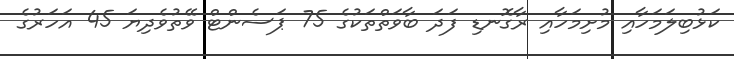
ކަޅުބިލަމަހާއި މުށިމަހާއި ރާގޮނޑި ފަދަ ބާވަތްތަކުގެ 75 ޕަސެންޓް ވޭތުވެދިޔަ 45 އަހަރުގެ